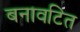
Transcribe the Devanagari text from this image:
बनावटित